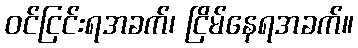
ဝင်ငြင်းရအခက်၊ ငြိမ်နေရအခက်။